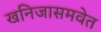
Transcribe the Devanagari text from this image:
खनिजासमवेत